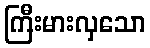
ကြီးမားလှသော